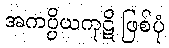
အကပ္ပိယကုဋိ ဖြစ်ပုံ